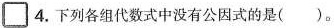
\square4.下列各组代数式中没有公因式的是( )。